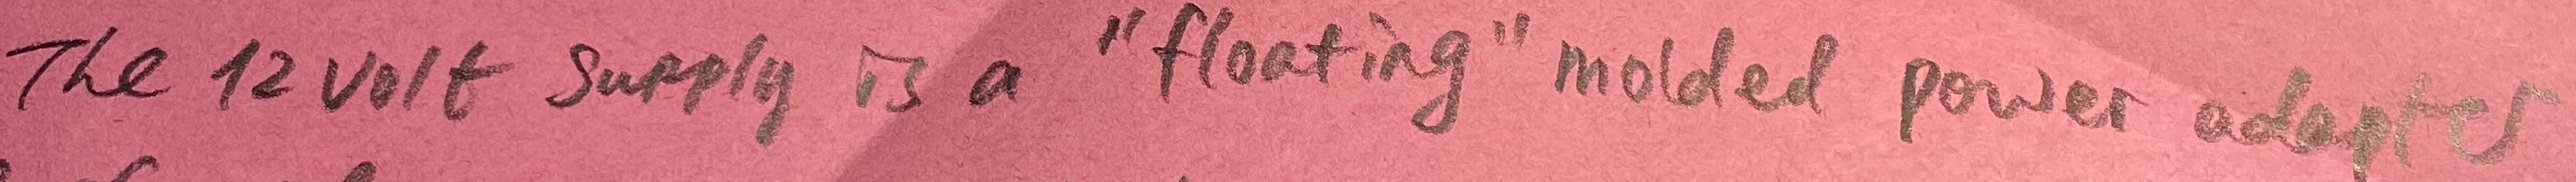
Text: The12 volt supply is a "floating" molded power adapter